Punjab Mental Hospital Lahore 1922-31 - 1922-1931
Year: 1922
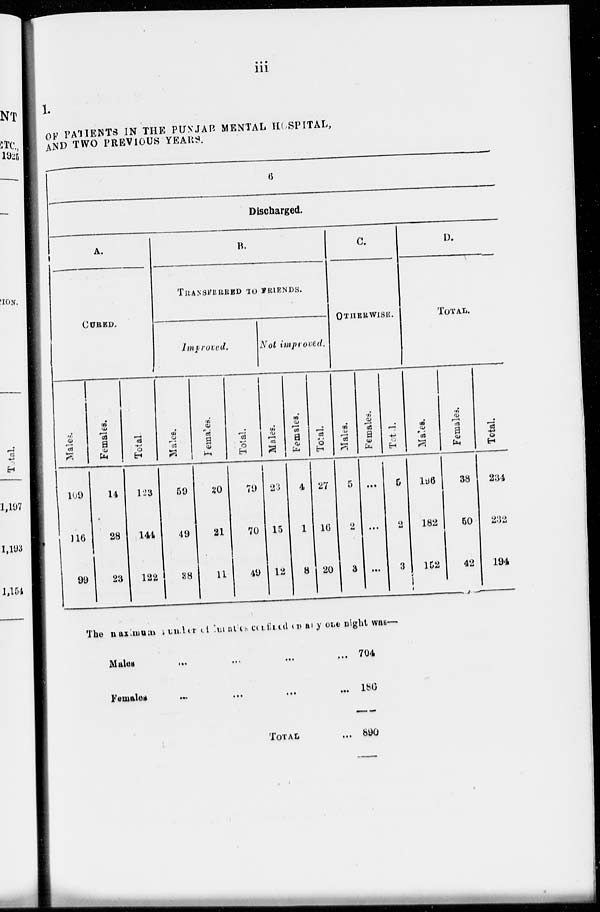
iii
I.
OF PATIENTS IN THE PUNJAB MENTAL HOSPITAL,
AND TWO PREVIOUS YEARS.
6
Discharged.
A.
CURED.
Males.
109
116
99
Females.
14
28
23
Total.
123
144
122
B.
TRANFERRED TO FRIENDS.
Improved.
Males.
59
49
38
Females.
20
21
11
Total.
79
70
49
Not improved.
Males.
23
15
12
Females.
4
1
8
Total.
27
16
20
C.
OTHERWISE.
Males.
5
2
3
Females.
...
...
...
Total.
5
2
3
D.
TOTAL.
Males.
196
182
152
Females.
38
50
42
Total.
234
232
194
The maximum number of lunatics confined on any night was—
Males ... ... ... ...
Females
...
...
...
...
TOTAL ...
704
186
890